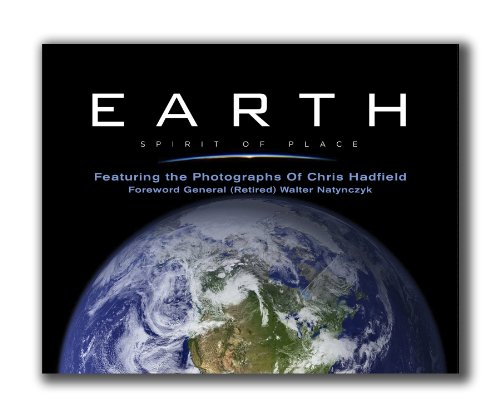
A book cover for Earth, Spirit of Place: Featuring the Photographs of Chris Hadfield; Arts & Photography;